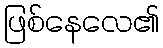
ဖြစ်နေလေ၏